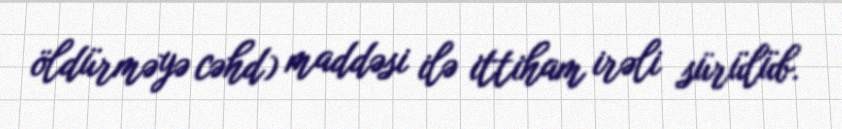
öldürməyə cəhd) maddəsi ilə ittiham irəli sürülüb.